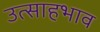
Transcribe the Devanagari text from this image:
उत्साहभाव